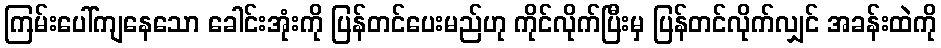
ကြမ်းပေါ်ကျနေသော ခေါင်းအုံးကို ပြန်တင်ပေးမည်ဟု ကိုင်လိုက်ပြီးမှ ပြန်တင်လိုက်လျှင် အခန်းထဲကို